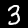
Label: 3